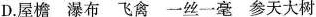
D.屋檐 瀑布 飞禽 一丝一毫 参天大树